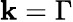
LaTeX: \mathbf{k}=\Gamma